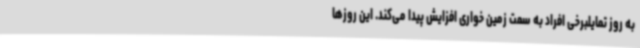
به روز تمایلبرخی افراد به سمت زمین خواری افزایش پیدا می‌کند. این روزها